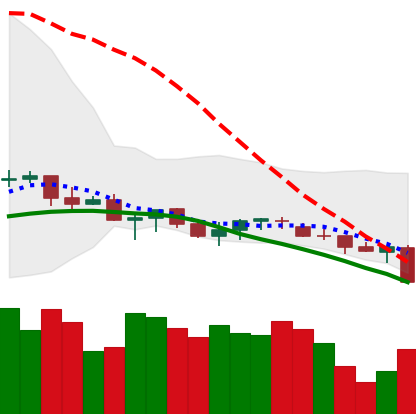
Ticker: XLM-USD
Chart end date: 2021-06-21
Forward return: 5.342%
Label: up_5_7